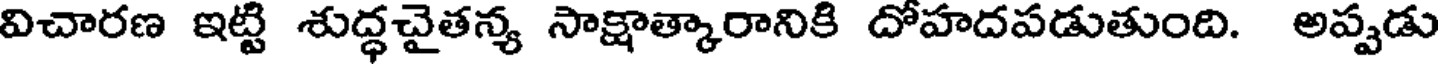
విచారణ ఇట్టి శుద్ధచైతన్య సాక్షాత్కారానికి దోహదపడుతుంది. అప్పడు